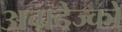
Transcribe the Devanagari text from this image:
अग्रदेज्को